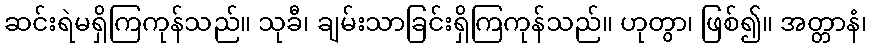
ဆင်းရဲမရှိကြကုန်သည်။ သုခီ၊ ချမ်းသာခြင်းရှိကြကုန်သည်။ ဟုတွာ၊ ဖြစ်၍။ အတ္တာနံ၊